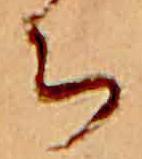
ち